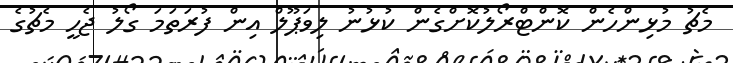
މެޗު މުޅިންހެން ކޮންޓްރޯލުކޮށްގެން ކުޅުނު ލިވަޕޫލް އިން ފުރަތަމަ ގޯލު ޖެހީ މެޗުގެ